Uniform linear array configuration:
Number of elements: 12
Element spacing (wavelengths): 0.25
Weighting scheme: uniform
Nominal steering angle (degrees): -45
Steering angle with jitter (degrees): -46.324
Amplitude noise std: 0.05
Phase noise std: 0.05

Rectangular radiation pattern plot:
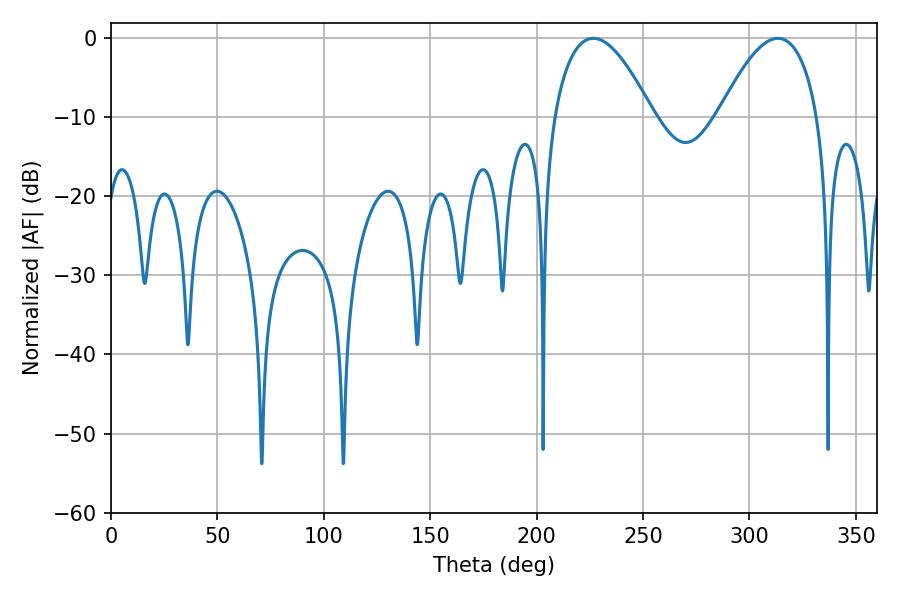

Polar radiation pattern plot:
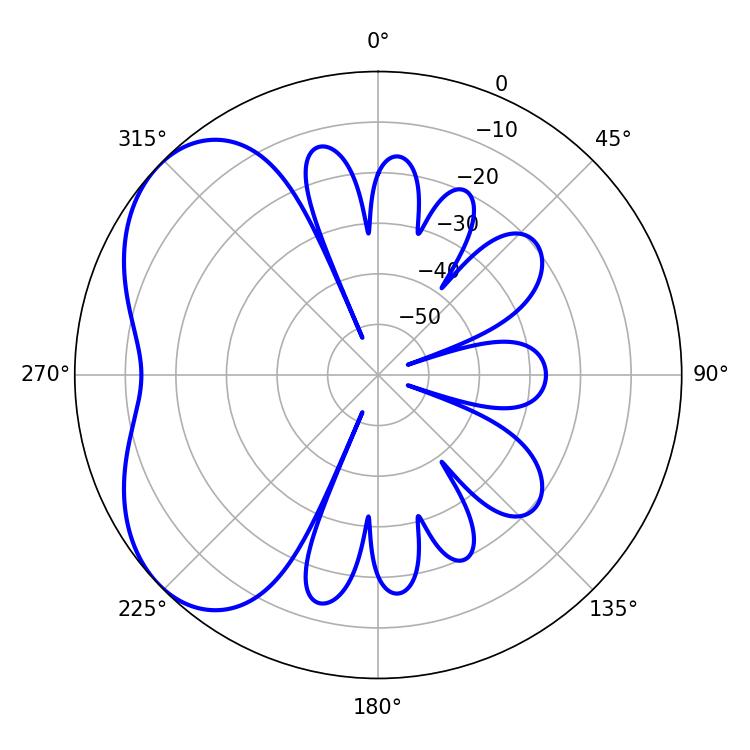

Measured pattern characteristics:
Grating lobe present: FALSE
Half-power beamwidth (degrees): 25.56
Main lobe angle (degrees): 226.62